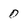
Character: 0